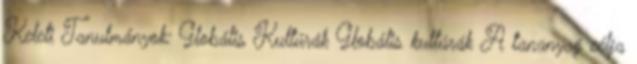
Keleti Tanulmányok: Globális Kultúrák Globális kultúrák A tananyag célja